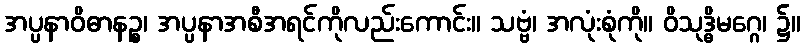
အပ္ပနာဝိဓာနဉ္စ၊ အပ္ပနာအစီအရင်ကိုလည်းကောင်း။ သဗ္ဗံ၊ အလုံးစုံကို။ ဝိသုဒ္ဓိမဂ္ဂေ၊ ၌။